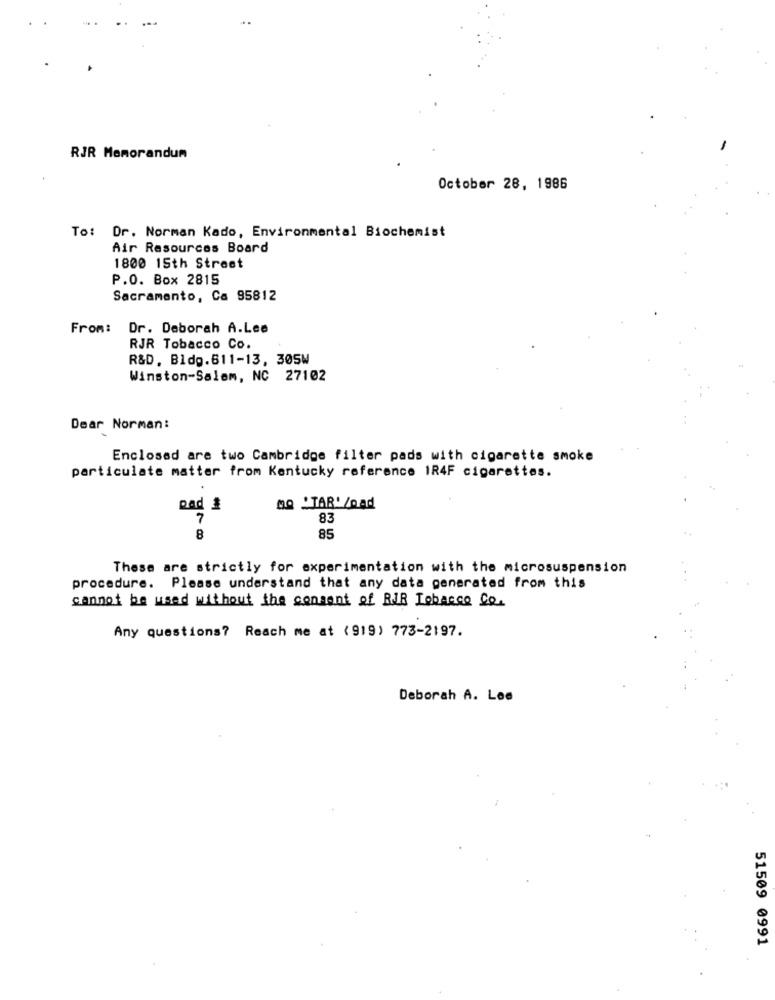
RJR Memorandum
October 28, 1986
To: Dr. Norman Kado, Environmental Biochemist
Air Resources Board
1800 15th Street
P.O. Box 2815
Sacramento, Ca 95812
From:
Dr. Deborah A.Lee
RJR Tobacco Co.
R&D. Bldg.611-13, 305W
Winston-Salem, NC 27102
Dear Norman:
Enclosed are two Cambridge filter pads with cigarette smoke
particulate matter from Kentucky reference 1R4F cigarettes.
pad &
0Q 'TAR' /pad
7
83
8
85
These are strictly for experimentation with the microsuspension
procedure. Please understand that any data generated from this
cannot be used without the consent of RIR Tobacco Co.
Any questions? Reach me at (919) 773-2197.
Deborah A. Lee
51509 0991